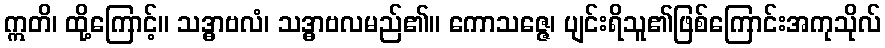
ဣတိ၊ ထို့ကြောင့်။ သဒ္ဓာဗလံ၊ သဒ္ဓာဗလမည်၏။ ကောသဇ္ဇေ၊ ပျင်းရိသူ၏ဖြစ်ကြောင်းအကုသိုလ်